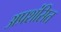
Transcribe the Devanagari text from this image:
अप्रशंसित